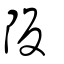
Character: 阪